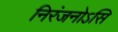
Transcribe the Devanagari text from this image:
निरंजनोऽसि